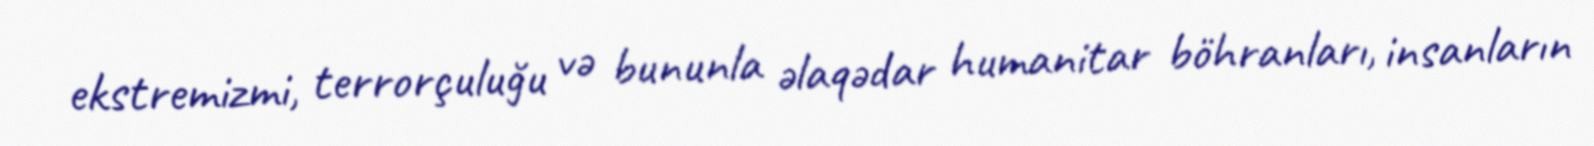
ekstremizmi, terrorçuluğu və bununla əlaqədar humanitar böhranları, insanların